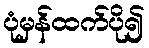
ပုံမှန်ထက်ပို၍